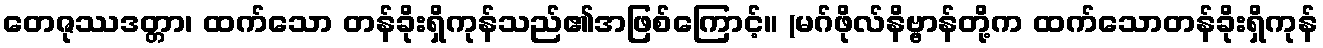
တေဇုဿဒတ္တာ၊ ထက်သော တန်ခိုးရှိကုန်သည်၏အဖြစ်ကြောင့်။ (မဂ်ဖိုလ်နိဗ္ဗာန်တို့က ထက်သောတန်ခိုးရှိကုန်